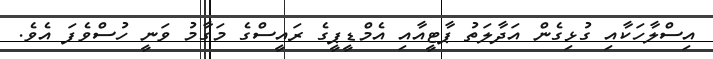
އިސްލާހަކާއި ގުޅިގެން އަދާލަތު ޕާޓީއާއި އެމްޑީޕީގެ ރައީސްގެ މަގާމު ވަނީ ހުސްވެފަ އެވެ.